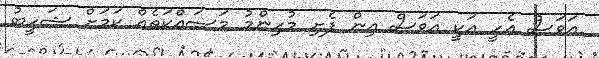
އަވަސް އެހީ އަކީ އަވަސް އިން ފެށި މުހިންމު މަސައްކަތެއް ކަމަށް ޝަހީބު